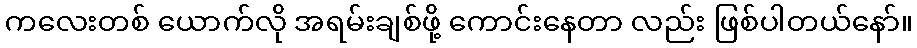
ကလေးတစ် ယောက်လို အရမ်းချစ်ဖို့ ကောင်းနေတာ လည်း ဖြစ်ပါတယ်နော်။